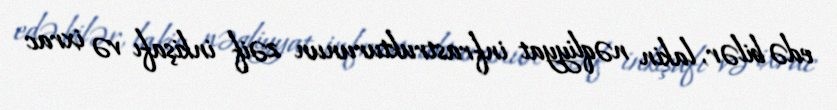
edə bilər, lakin nəqliyyat infrastrukturunun zəif inkişafı və ixrac